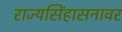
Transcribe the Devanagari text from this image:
राज्यसिंहासनावर